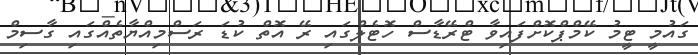
ގައުމީ ޓީމު ކޭމްޕްކޮށްފައިވާ ޓްރޭޑާސް ހޮޓެލްގައި ރޭ އޮތް ކުޑަ ރަސްމިއްޔާތެއްގައި ގާސިމް